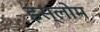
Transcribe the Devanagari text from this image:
इस्लोम